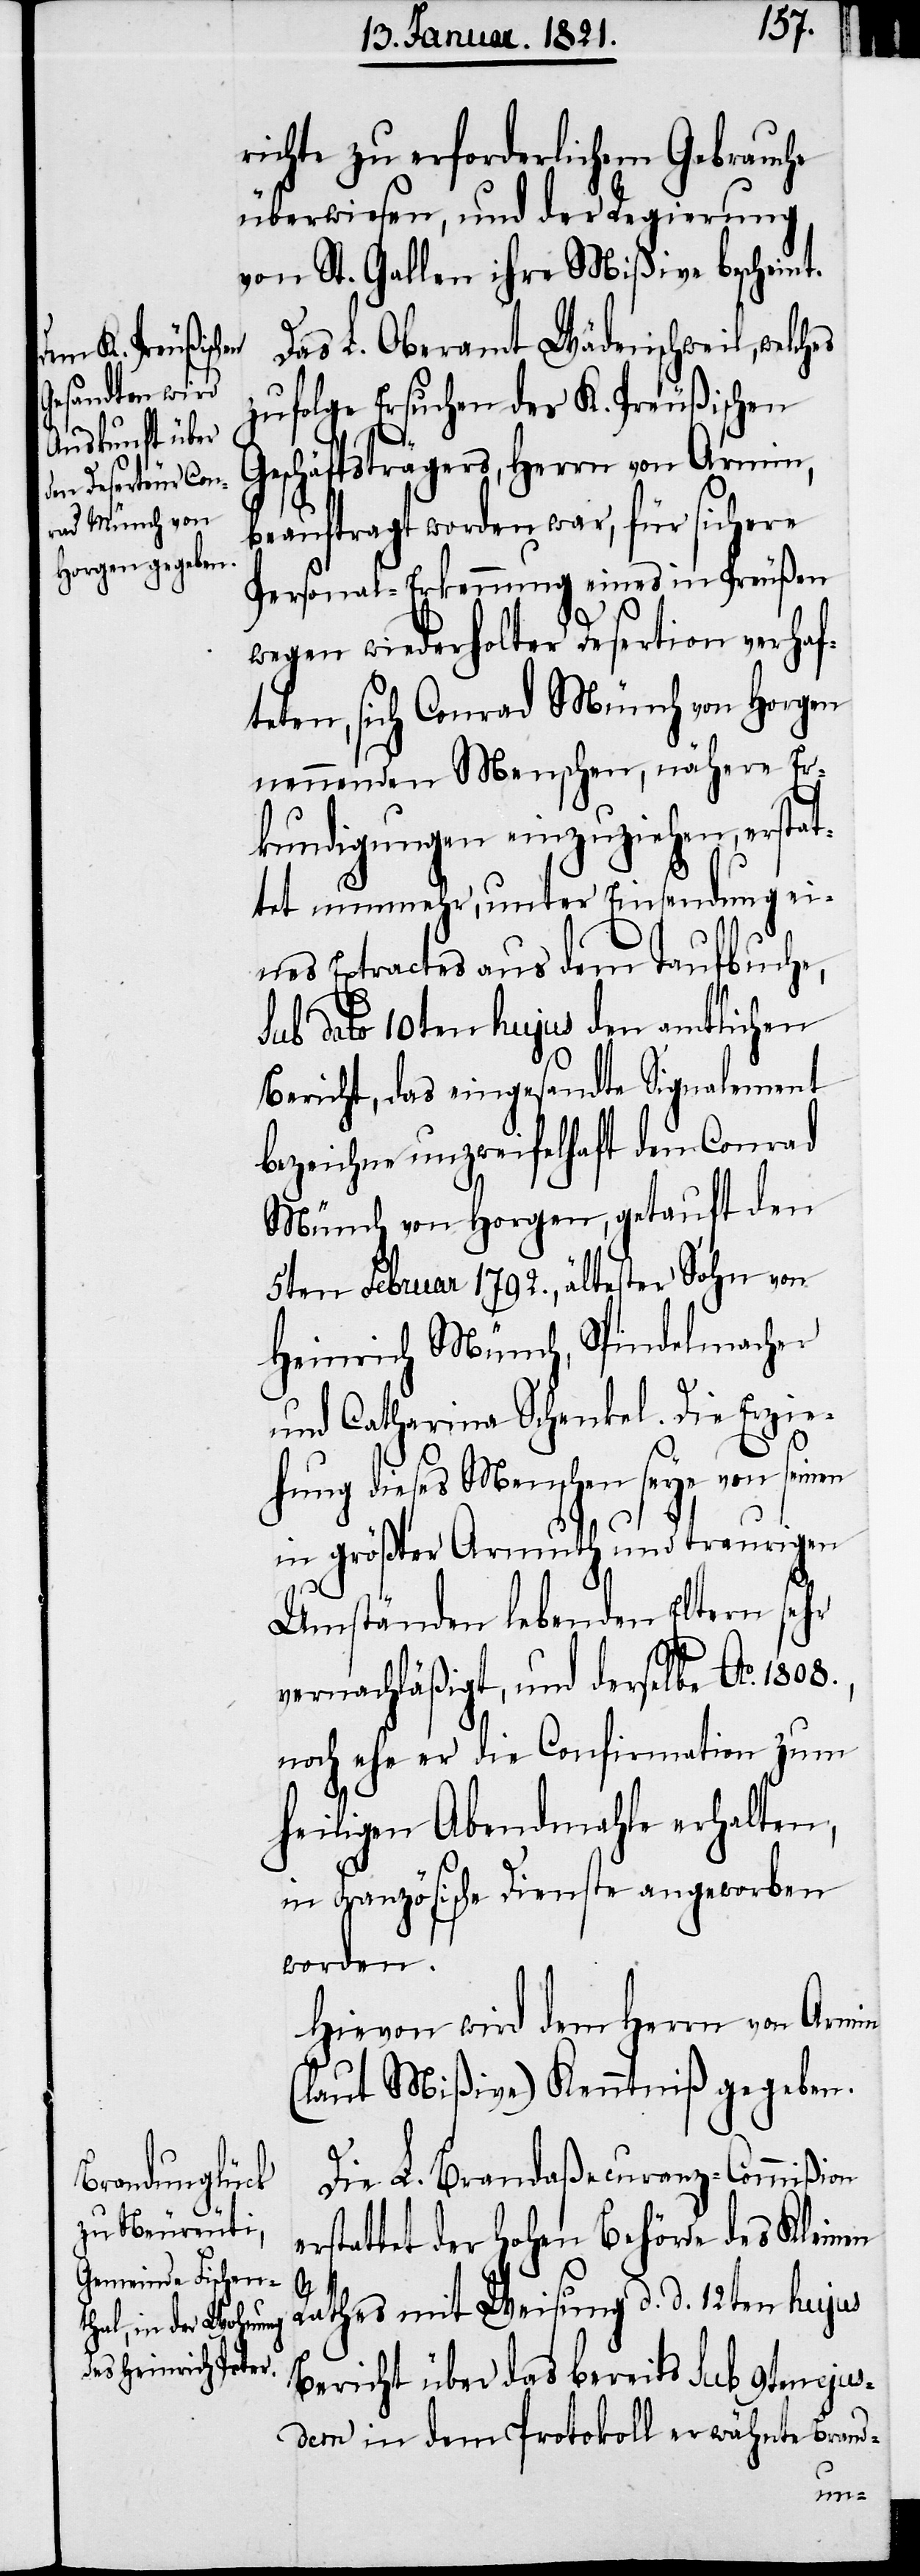
richte zu erforderlichem Gebrauche
überwiesen, und der Regierung
von St. Gallen ihre Mißive bescheint.
zufolge Ersuchen des K. Preußischen
e¬
Geschäftsträgers, Herrn von Armin,
beauftragt worden war, für sichere
Personal-Erkennung eines in Preußen
wegen wiederholter Desertion verhaf¬
teten, sich Conrad Münch von Horgen
nennenden Menschen, nähere Er¬
kundigungen einzuziehen, erstat¬
tet nunmehr, unter Einsendung ei¬
nes Extractes aus dem Taufbuche,
sub dato 10ten hujus den amtlichen
Bericht, das eingesandte Signalement
bezeichne unzweifelhaft den Conrad
Münch von Horgen, getauft den
5ten Februar 1792., ältester Sohn von
Heinrich Münch, Spindelmacher
und Catharina Schenkel. Die Erzie¬
hung dieses Menschen seye von seinen
in größter Armuth und traurigen
Umständen lebenden Eltern sehr
vernachläßigt, und derselbe Ao.
noch ehe er die Confirmation zum
heiligen Abendmahle erhalten,
in Französische Dienste angeworben
worden.
Hiervon wird dem Herrn von Armin
(laut Mißiven) Kenntniß gegeben.
Die L. Brandaßecuranz-Commißion
rstattet der hohen Behörde des Kleinen
Rathes mit Weisung d. d. 12ten hujus
Bericht über das bereits sub 9ten ejus¬
dem in dem Protokoll erwähnte Brand-